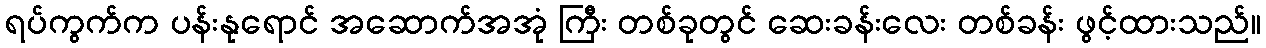
ရပ်ကွက်က ပန်းနုရောင် အဆောက်အအုံ ကြီး တစ်ခုတွင် ဆေးခန်းလေး တစ်ခန်း ဖွင့်ထားသည်။